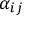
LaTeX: \alpha _ { i j }